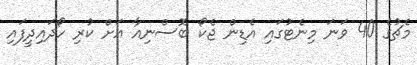
މެޗުގެ 40 ވަނަ މިނެޓުގައި އެޑިން ޖެކޯ ބޮސްނިއާ އަށް ކުރި ހޯދައިދީފައި